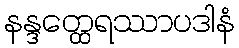
နန္ဒတ္ထေရဿာပဒါနံ